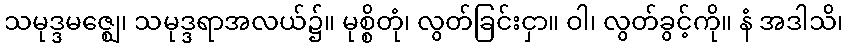
သမုဒ္ဒမဇ္ဈေ၊ သမုဒ္ဒရာအလယ်၌။ မုစ္စိတုံ၊ လွတ်ခြင်းငှာ။ ဝါ၊ လွတ်ခွင့်ကို။ နံ အဒါသိ၊